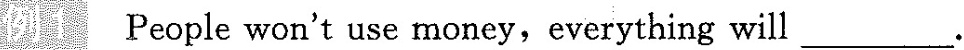
例1 People won't use money,everything will____.